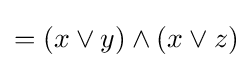
=(x\vee y)\wedge (x\vee z)